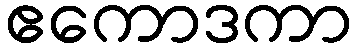
ဧကောဒကာ